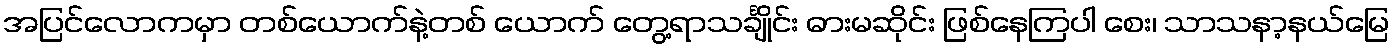
အပြင်လောကမှာ တစ်ယောက်နဲ့တစ် ယောက် တွေ့ရာသင်္ချိုင်း ဓားမဆိုင်း ဖြစ်နေကြပါ စေး၊ သာသနာ့နယ်မြေ